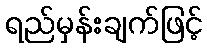
ရည်မှန်းချက်ဖြင့်